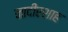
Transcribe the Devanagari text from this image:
नादीरशाह